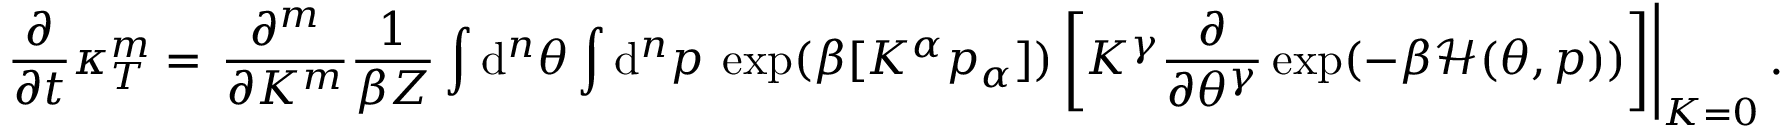
\frac { \partial } { \partial t } \kappa _ { T } ^ { m } = \left. \frac { \partial ^ { m } } { \partial K ^ { m } } \frac { 1 } { \beta Z } \int \mathrm { d } ^ { n } \theta \int \mathrm { d } ^ { n } p \: \exp ( \beta [ K ^ { \alpha } p _ { \alpha } ] ) \left[ K ^ { \gamma } \frac { \partial } { \partial \theta ^ { \gamma } } \exp ( - \beta \mathcal { H } ( \theta , p ) ) \right] \right| _ { K = 0 } .